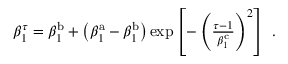
\begin{array} { r } { \beta _ { 1 } ^ { \tau } = \beta _ { 1 } ^ { \mathrm { b } } + \left( \beta _ { 1 } ^ { \mathrm { a } } - \beta _ { 1 } ^ { \mathrm { b } } \right) \exp \left[ - \left( \frac { \tau - 1 } { \beta _ { 1 } ^ { \mathrm { c } } } \right) ^ { 2 } \right] \ . } \end{array}